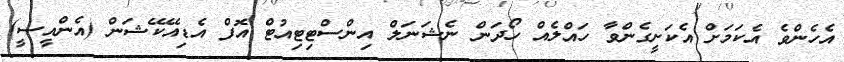
އެހެންވެ އެކަމަށް އެކަށީގެންވާ ހައްލެއް ހޯދަން ނެޝަނަލް އިންސްޓިޓިއުޓް އޮފް އެޑިއޭކޭޝަން (އެންއީސީ)